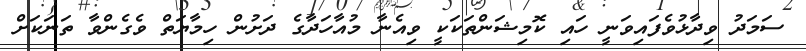
ސަމަދު ވިދާޅުވެފައިވަނީ ހައި ކޮމިޝަންތަކަކީ ވިއެނާ މުއާހަދާގެ ދަށުން ހިމާޔަތް ވެގެންވާ ތަނަކަށް